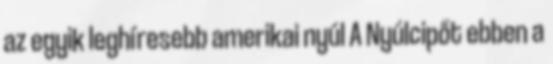
az egyik leghíresebb amerikai nyúl A Nyúlcipőt ebben a